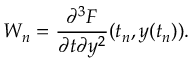
W _ { n } = \frac { \partial ^ { 3 } F } { \partial t \partial y ^ { 2 } } ( t _ { n } , y ( t _ { n } ) ) .